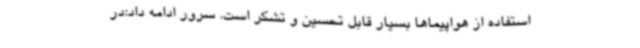
استفاده از هواپیماها بسیار قابل تحسین و تشکر است. سرور ادامه داد:در